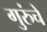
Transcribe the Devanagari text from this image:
गुरुंचे